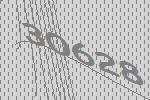
30628